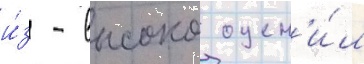
и́з - высоко оцен'и́л